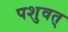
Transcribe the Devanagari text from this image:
पशुवत्